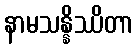
နာမသန္နိဿိတာ